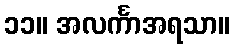
၁၁။ အလင်္ကာအရသာ။